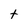
Character: t